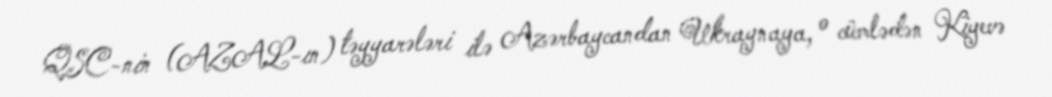
QSC-nin (AZAL-ın) təyyarələri ilə Azərbaycandan Ukraynaya, o cümlədən Kiyevə